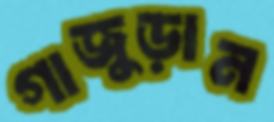
গাজুড়ান